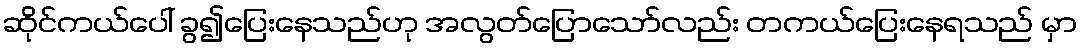
ဆိုင်ကယ်ပေါ် ခွ၍ပြေးနေသည်ဟု အလွတ်ပြောသော်လည်း တကယ်ပြေးနေရသည် မှာ